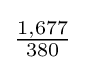
{\tfrac {1,677}{380}}